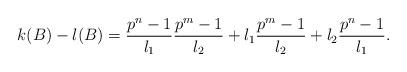
LaTeX: \begin{align*}k(B)-l(B)=\frac{p^n-1}{l_1}\frac{p^m-1}{l_2}+l_1\frac{p^m-1}{l_2}+l_2\frac{p^n-1}{l_1}.\end{align*}